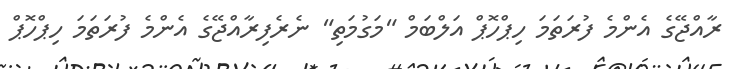
ރާއްޖޭގެ އެންމެ ފުރަތަމަ ހިޕްހޮޕް އަލްބަމް "މަގުމަތި" ނެރެފިރާއްޖޭގެ އެންމެ ފުރަތަމަ ހިޕްހޮޕް